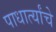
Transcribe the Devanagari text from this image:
पाधार्त्यांचे